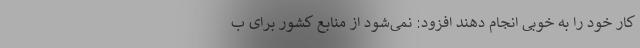
کار خود را به خوبی انجام دهند افزود: نمی‌شود از منابع کشور برای ب